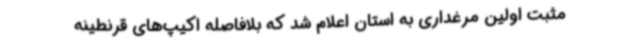
مثبت اولین مرغداری به استان اعلام شد که بلافاصله اکیپ‌های قرنطینه